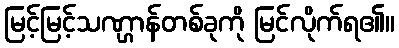
မြင့်မြင့်သဏ္ဌာန်တစ်ခုကို မြင်လိုက်ရ၏။